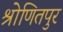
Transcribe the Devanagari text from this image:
श्रोणितपुर